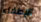
الإطفاء